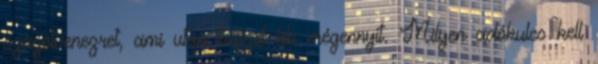
százötvenezret, ami után befizet kb mégennyit. Milyen adókulcs kell